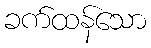
ခက်ထန်သော